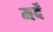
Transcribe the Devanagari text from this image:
मर्दें